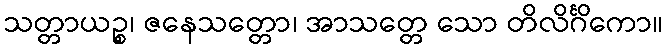
သတ္တာယဉ္စ၊ ဇနေသတ္တော၊ အာသတ္တေ သော တိလိင်္ဂိကော။